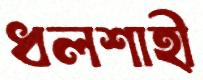
ধলশাহী